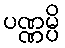
ပဏ္ဏမ္ပိ